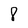
Character: 8